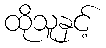
ထိုသူနှင့်